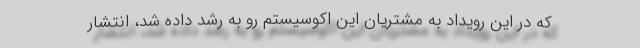
که در این رویداد به مشتریان این اکوسیستم رو به رشد داده شد، انتشار